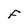
Character: F